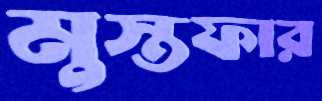
মুস্তফার